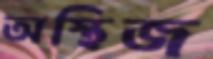
অস্থিজ